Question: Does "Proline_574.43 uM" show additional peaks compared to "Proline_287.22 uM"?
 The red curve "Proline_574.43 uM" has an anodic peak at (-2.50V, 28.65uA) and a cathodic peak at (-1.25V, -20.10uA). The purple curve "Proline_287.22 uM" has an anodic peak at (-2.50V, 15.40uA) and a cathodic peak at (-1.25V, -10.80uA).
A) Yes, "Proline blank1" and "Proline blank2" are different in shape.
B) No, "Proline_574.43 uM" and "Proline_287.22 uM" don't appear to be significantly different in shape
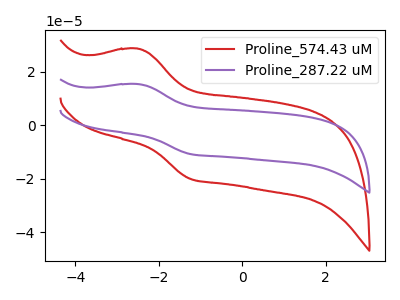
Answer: <think>All the peaks in "Proline_574.43 uM" have a peak in "Proline_287.22 uM" at the same potential. Every peak in "Proline_574.43 uM" is higher than every peak in "Proline_287.22 uM".
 </think>
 <answer>B) No, "Proline_574.43 uM" and "Proline_287.22 uM" don't appear to be significantly different in shape</answer>
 <eval>B</eval>